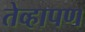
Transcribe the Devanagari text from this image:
तेव्हापण